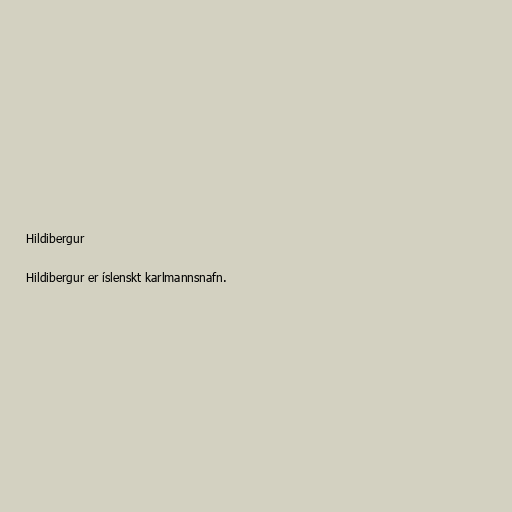
Hildibergur

Hildibergur er íslenskt karlmannsnafn.